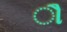
ૌ